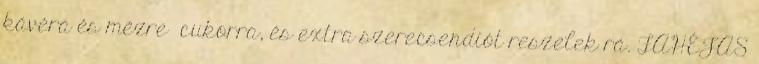
kávéra és mézre cukorra, és extra szerecsendiót reszelek rá. FAHÉJAS